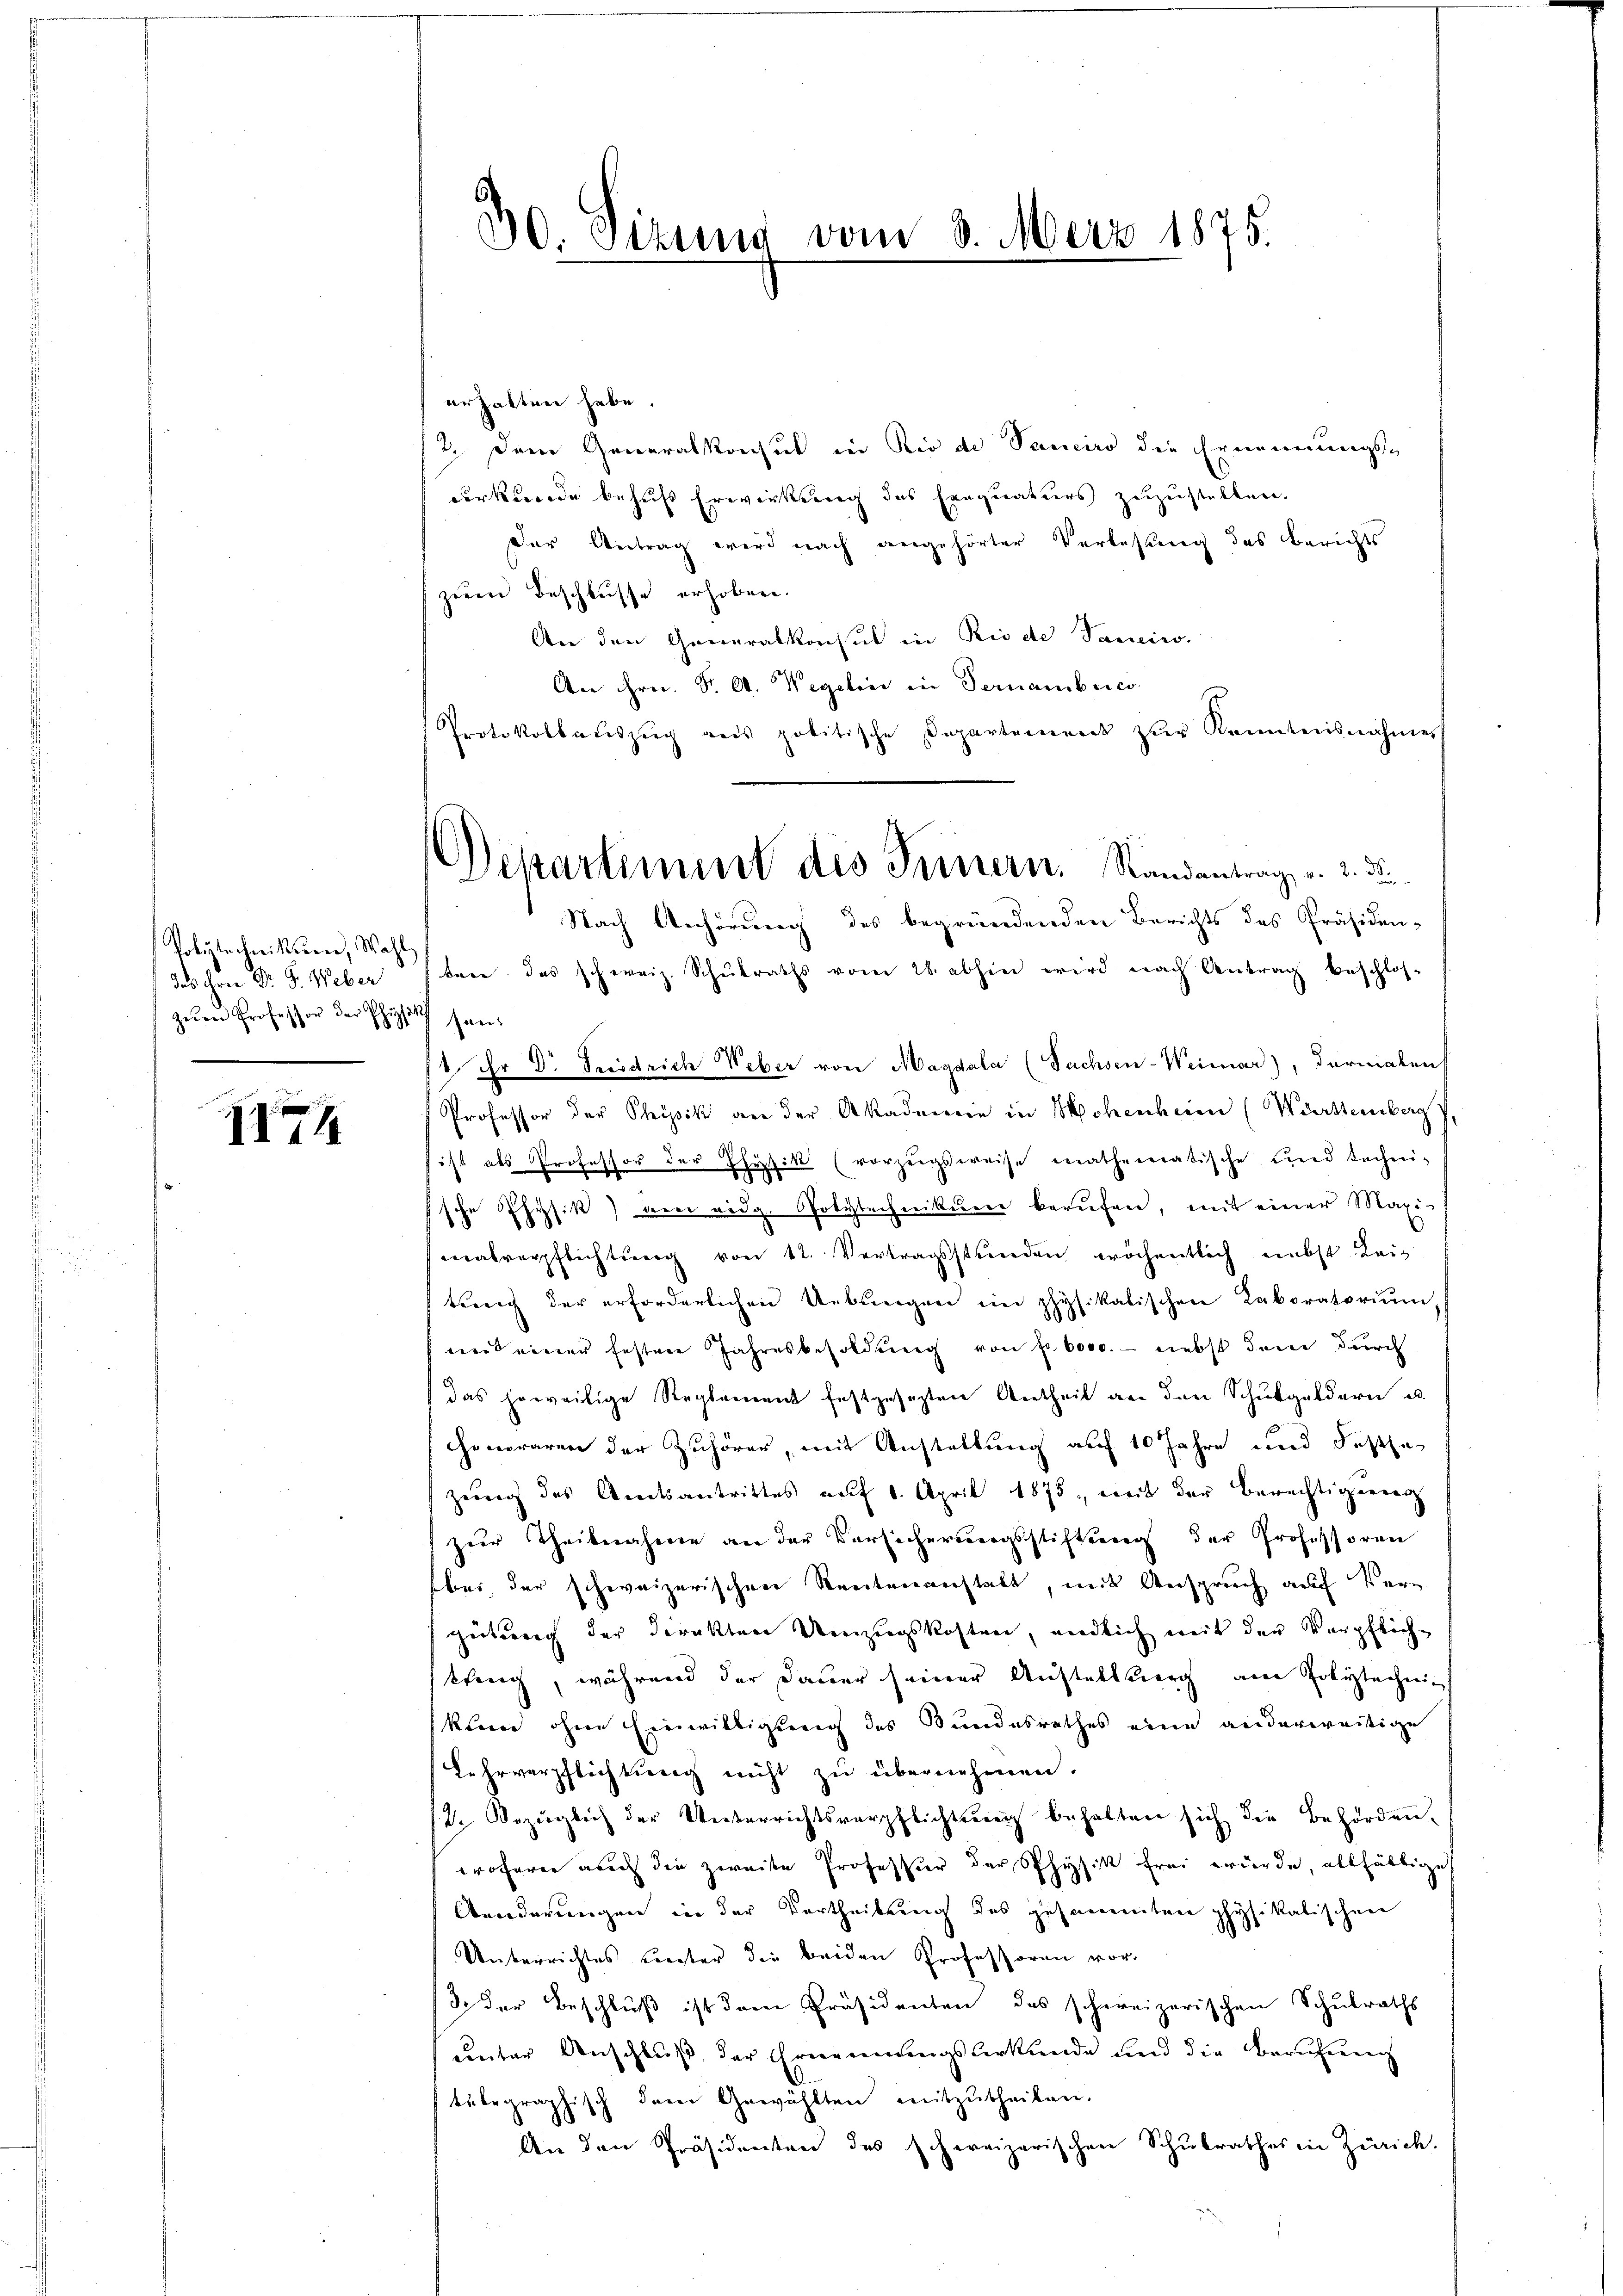
Volytechnikerner, Wahl
das ihrer Dr. S. Weber
zuen Professor der Phizsitz han¬

II74

30. Sizung vom 3. März 1875.

erhalten habe.
2. Dem Generalkonsul in Rio de Panciro die Ernennungs-
derkunde behufs Erwirkung des Einquaturs zuzustellen.
der Antrag wird nach angehörter Verlesung des Berichts
zum Beschlusse erhoben.
An den Generalkonsul in Riede Saniw.
An Hrn. S. A. Wegelin in Fernamberco
Protokollaŭszŭg ans politische Departement zŭr Kenntnisnahmest
Nach Anhörung des begründenden Berichts des Präsiden-
tare das schweiz. Schulraths vom 26. abhin wird nach Antrag beschlos-
/1. Er Dr Friedrich Weber von Magdala (Sachsen-Weimar), darmalen
Professor der Physik an der Akademie in Hohenheim (Württemberg,
ist als Professor der Physik (vorzugsweise mathematische und techni-
sche Physik) drei ridg. Polytechnikurer berufen, mit einer Maxi-
malverpflichtung von 12. Vertragsstunden wöchentlich nebst Leis
tung der erforderlichen Uebungen im physikalischen Laboratorium,
mit einer festere Jahresbesoldŭng von f. 6000. - nebst dem durch
das jeweilige Reglement festgesezten Antheil an den Schulgeldern a
Honoraren der Zuhörer, mit Anstellung auf 10 Jahre und Festse
zung des Amtsantrittes auf 1. April 1875, mit der Berechtigung
zur Theilnahme an der Versicherungsstiftung der Professoren
bei, der schweizerischen Reutenanstalt, mit Anspruch auf Verg
geturch der Direkten Umzugskosten, endlich mit der Verpflich-
tting, während der Dauer seiner Austellung am Polytechni
klen ohne Einwilligung des Bundesrathes eine anderweitige
Lehrverpflichtung nicht zŭ übernehmen.
2. bezüglich der Unterrichtsverpflichtung behalten sich die Behörden-
woferen auch die zweite Professur der Physik frei würde, allfältige
Aenderungen in der Vertheilung des gesammten physikalischen
Unterrichtes unter die beiden Professoren vor-
S der Beschluß ist dem Präsidenten des schweizerischen Schulraths
unter Anschluß der Erneuendungsverkunde und die Berufung
telegraphisch dem Gewählten mitzŭtheilen.
An den Präsidenten des schweizerischen Schulrathes in Zürich.

Departement des Innern. Randantrag v. 2. d.